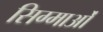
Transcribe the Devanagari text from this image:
सिग्माओं